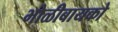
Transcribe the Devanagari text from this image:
भोळीबायको